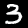
Label: 3